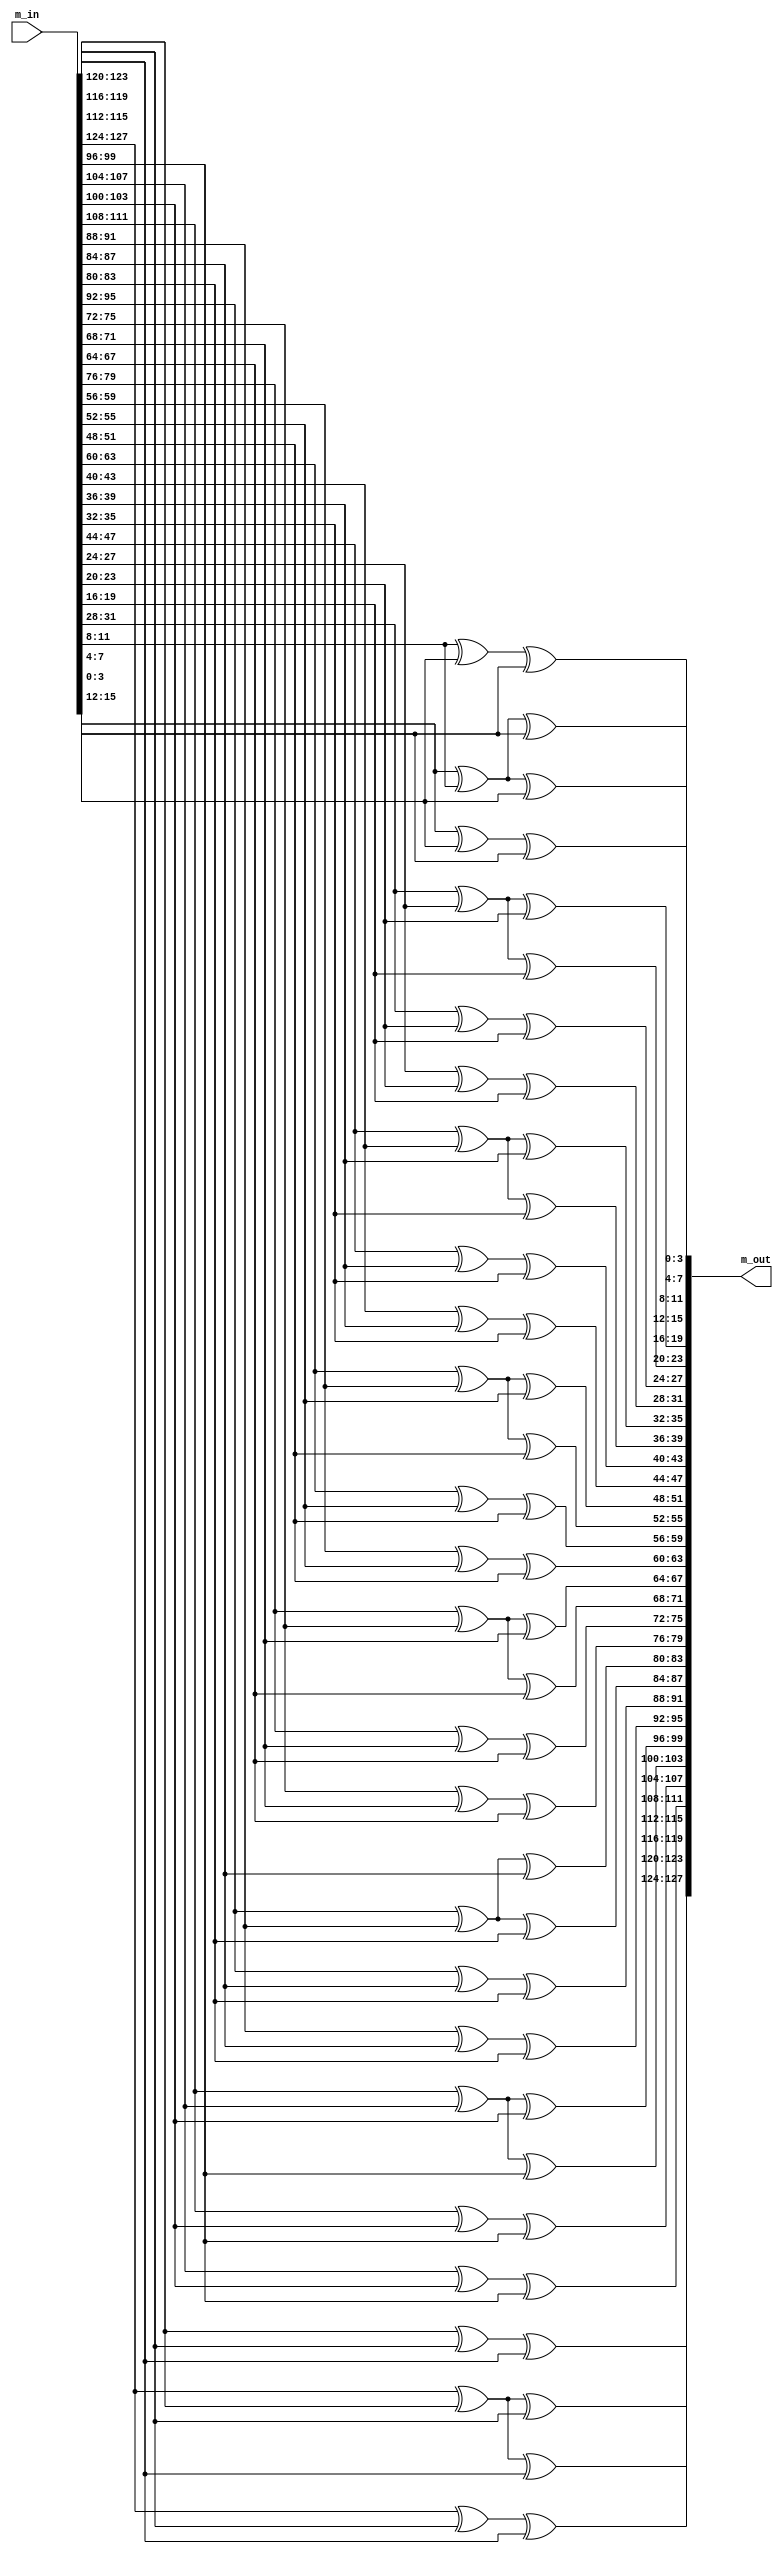
`timescale 1ns / 1ps
//////////////////////////////////////////////////////////////////////////////////
// Company: 
// Engineer: 
// 
// Design Name: 
// Module Name:    MixWord 
// Project Name: 
// Target Devices: 
// Tool versions: 
// Description: 
//
// Dependencies: 
//
// Revision: 
// Revision 0.01 - File Created
// Additional Comments: 
//
//////////////////////////////////////////////////////////////////////////////////
module MixColumn(
	input [127:0]m_in,
	output [127:0]m_out
	);
	
	
	assign m_out[127:124]=m_in[123:120]^m_in[119:116]^m_in[115:112];
	assign m_out[123:120]=m_in[127:124]^m_in[119:116]^m_in[115:112];
	assign m_out[119:116]=m_in[127:124]^m_in[123:120]^m_in[115:112];
	assign m_out[115:112]=m_in[127:124]^m_in[123:120]^m_in[119:116];
	assign m_out[111:108]=m_in[107:104]^m_in[103:100]^m_in[99:96];
	assign m_out[107:104]=m_in[111:108]^m_in[103:100]^m_in[99:96];
	assign m_out[103:100]=m_in[111:108]^m_in[107:104]^m_in[99:96];
	assign m_out[99:96]=m_in[111:108]^m_in[107:104]^m_in[103:100];
	assign m_out[95:92]=m_in[91:88]^m_in[87:84]^m_in[83:80];
	assign m_out[91:88]=m_in[95:92]^m_in[87:84]^m_in[83:80];
	assign m_out[87:84]=m_in[95:92]^m_in[91:88]^m_in[83:80];
	assign m_out[83:80]=m_in[95:92]^m_in[91:88]^m_in[87:84];
	assign m_out[79:76]=m_in[75:72]^m_in[71:68]^m_in[67:64];
	assign m_out[75:72]=m_in[79:76]^m_in[71:68]^m_in[67:64];
	assign m_out[71:68]=m_in[79:76]^m_in[75:72]^m_in[67:64];
	assign m_out[67:64]=m_in[79:76]^m_in[75:72]^m_in[71:68];
	assign m_out[63:60]=m_in[59:56]^m_in[55:52]^m_in[51:48];
	assign m_out[59:56]=m_in[63:60]^m_in[55:52]^m_in[51:48];
	assign m_out[55:52]=m_in[63:60]^m_in[59:56]^m_in[51:48];
	assign m_out[51:48]=m_in[63:60]^m_in[59:56]^m_in[55:52];
	assign m_out[47:44]=m_in[43:40]^m_in[39:36]^m_in[35:32];
	assign m_out[43:40]=m_in[47:44]^m_in[39:36]^m_in[35:32];
	assign m_out[39:36]=m_in[47:44]^m_in[43:40]^m_in[35:32];
	assign m_out[35:32]=m_in[47:44]^m_in[43:40]^m_in[39:36];
	assign m_out[31:28]=m_in[27:24]^m_in[23:20]^m_in[19:16];
	assign m_out[27:24]=m_in[31:28]^m_in[23:20]^m_in[19:16];
	assign m_out[23:20]=m_in[31:28]^m_in[27:24]^m_in[19:16];
	assign m_out[19:16]=m_in[31:28]^m_in[27:24]^m_in[23:20];
	assign m_out[15:12]=m_in[11:8]^m_in[7:4]^m_in[3:0];
	assign m_out[11:8]=m_in[15:12]^m_in[7:4]^m_in[3:0];
	assign m_out[7:4]=m_in[15:12]^m_in[11:8]^m_in[3:0];
	assign m_out[3:0]=m_in[15:12]^m_in[11:8]^m_in[7:4];
	
endmodule